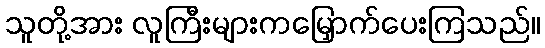
သူတို့အား လူကြီးများကမြှောက်ပေးကြသည်။